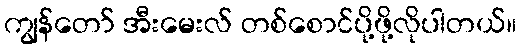
ကျွန်တော် အီးမေးလ် တစ်စောင်ပို့ဖို့လိုပါတယ်။